Madras plague regulations and rules - Volume 1
Disease focus: Plague
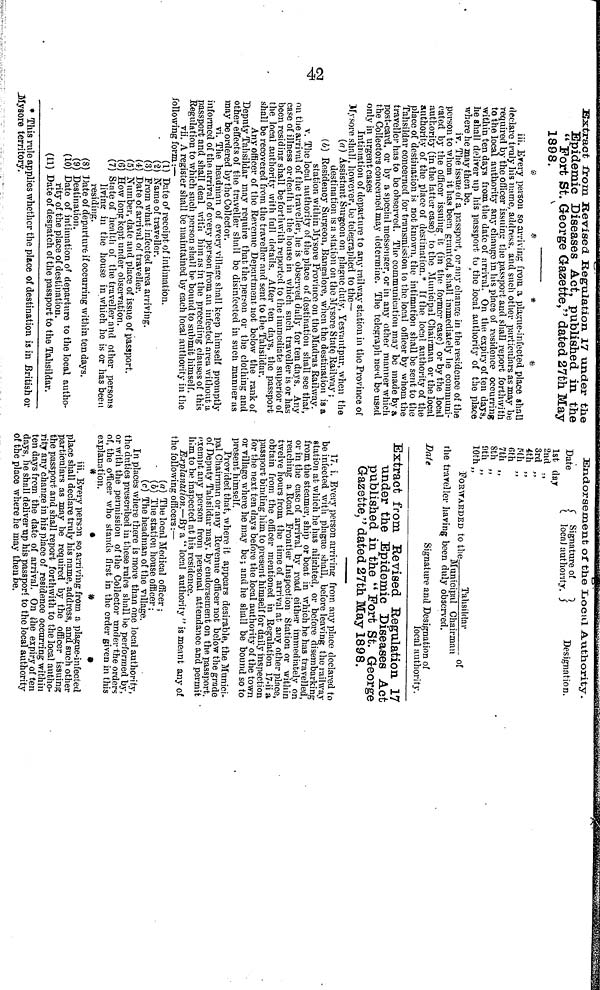
42
Extract from Revised Regulation 17 under the
Epidemic Diseases Act, published in the
"Fort St. George Gazette," dated 27th May
1898.
*
*
*
*
iii. Every person so arriving from a plague-infected place shall
declare truly his name, address, and such other particulars as may be
required by the officer issuing the passport and shall report forthwith
to the local authority any change in his place of residence occurring
within ten days from the date of arrival. On the. expiry of ten days,
he shall deliver up his passport to the local authority of the place
where he may then be.
iv. The issue of a passport, or any change in the residence of the
person to whom it has been grunted, shall immediately be communi-
cated by the officer issuing it (in the former case) or by the local
authority (in the latter case) to the Municipal Chairman or the local
authority of the place of destination. If the local authority of the
place of destination is not known, the intimation shall be sent to the
Tahsildar concerned for transmission to the local officer by whom the
traveller has to be observed. The communication may be made by a
post-card, or by a special messenger, or in any other manner which
the Collectors concerned may determine. The telegraph need be used
only in urgent cases
Intimation of departure to any railway station in the Province of
Mysore shall, however, bo telegraphed to the—
(a) Assistant Surgeon on plague duty, Yesvantpur, when the
destination is a station on the Mysore State Railway ;
(b) Residency Surgeon, Bangalore, when the destination is a
station within Mysore Province on the Madras Railway.
v. The local authority of the place of destination shall see that,
on the arrival of the traveller, he is observed daily for ten days. Any
case of illness or death in the house in which such traveller is or has
been residing shall be forthwith reported to the immediate superior of
the local authority with full details. After ten days, the passport
shall be recovered from the traveller and sent to the Tahsildar.
Any officer of the Revenue Department not below the rank of
Deputy Tahsildar may require that the person or the clothing and
other effects of the traveller shall be disinfected in such manner as
may be ordered by the Collector.
vi. The headman of every village shall keep himself promptly
informed of the arrival of every person from an infected area without a
passport and shall deal with him as in the preceding clauses of this
Regulation to which such person shall be bound to submit himself.
vii. A register shall be maintained by each local authority in the
following form:—
(1) Date of receipt of intimation.
(2) Name of traveller.
(3) From what infected area arriving.
(4) Date of arrival of traveller.
(5) Number, date and place of issue of passport.
(6) How long kept under observation.
(7) State of health of the traveller and other persons
living in the house in which he is or has been
residing.
(8) Date of departure if occurring within ten days.
(9) Destination.
(10) Date of intimation of departure to the local autho-
rity of the place of destination.
(11) Date of despatch of the passport to the Tahsildar.
* This rule applies whether the place of destination is in British or
Mysore territory.
Endorsement of the Local Authority.
Date
Signature
of
local
authority.
Designation.
1st day
2nd .,
3rd „
4th „
5th „
6th
7th „
8th „
9th „
10th „
FORWARDED to the
Tahsildar
of
Municipal Chairman
the traveller having been duly observed.
Dale
Signature and Designation of
local authority.
Extract from Revised Regulation 17
under the Epidemic Diseases Act
published in the "Fort St. George
Gazette," dated 27th May 1898.
17. i. Every person arriving from any place declared to
be infected with plague shall, before leaving the railway
station at which he has alighted, or before disembarking
from the steamer, ship or boat in which he has travelled,
or in the case of arrival by road either immediately on
reaching a Road Frontier Inspection Station or within
twelve hours from the time of arrival at any other place,
obtain from the officer mentioned in Regulation 17-ii a
passport binding him to present himself for daily inspection
for the next ten days before the local authority of the town
or village where he may be; and he shall be bound so to
present himself.
Provided that, where it appears desirable, the Munici-
pal Chairman or any Revenue officer not below the grade
of Deputy Tahsildar may, by endorsement on the passport,
exempt any person from personal attendance and permit
him to be inspected at his residence.
Explanation.—By a "local authority" is meant any of
the following officers:—
(a) The local Medical officer ;
(6) The station house officer;
(c) The headman of the village.
In places where there is more than one local authority,
the duties prescribed in these rules shall be performed by,
or with the permission of the Collector under the orders
of, the officer who stands first in the order given in this
explanation.
*
•
*
»
iii. Every person so arriving from a plague-infected
place shall declare truly his name, address, and such other
particulars as may be required by the officer issuing
the passport and shall report forthwith to the local autho-
rity any change in his place of residence occurring within
ten days from the date of arrival. On the expiry of ten
days, he shall deliver up his passport to the local authority
of the place where he may then be.